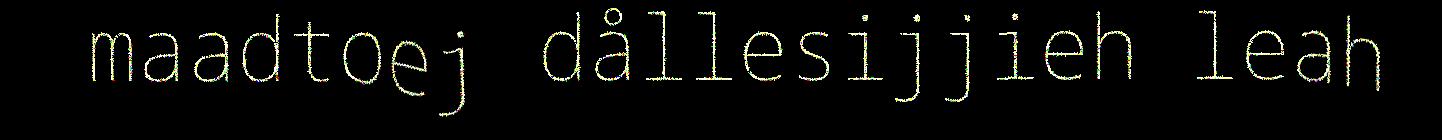
maadtoej dållesijjieh leah